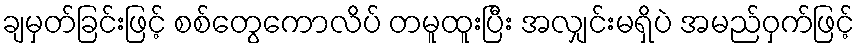
ချမှတ်ခြင်းဖြင့် စစ်တွေကောလိပ် တမူထူးပြီး အလျှင်းမရှိပဲ အမည်ဝှက်ဖြင့်